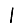
Digit: 1